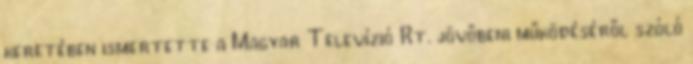
keretében ismertette a Magyar Televízió Rt. jövőbeni működéséről szóló